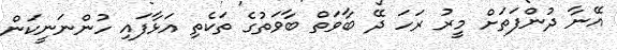
އޭނާ ދުންފަތަށް މީރު ރަހަ ދޭ ބާވަތް ބާވަތުގެ ތަކެތި އަޅާފައި ހުންނަނީކަން